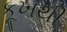
કૂખથી